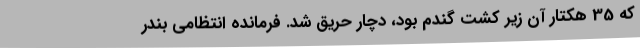
که 35 هکتار آن زیر کشت گندم بود، دچار حریق شد. فرمانده انتظامی بندر